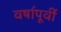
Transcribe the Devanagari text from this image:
वषा॔पूवी॔